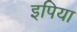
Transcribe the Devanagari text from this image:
इपिया